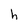
Character: h